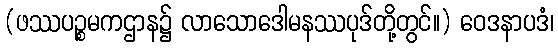
(ဖဿပဉ္စမကဌာန၌ လာသောဒေါမနဿပုဒ်တို့တွင်။) ဝေဒနာပဒံ၊